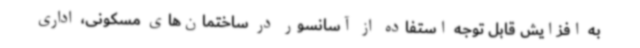
به افزایش قابل توجه استفاده از آسانسور در ساختمان‌های مسکونی، اداری